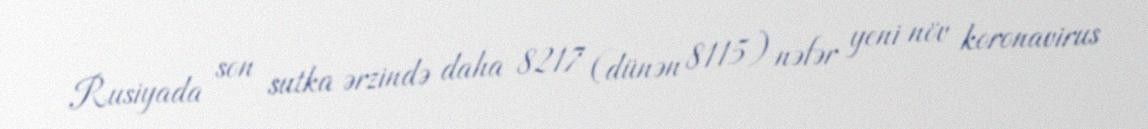
Rusiyada son sutka ərzində daha 8217 (dünən 8115) nəfər yeni növ koronavirus